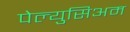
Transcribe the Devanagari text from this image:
पेल्युसिअम